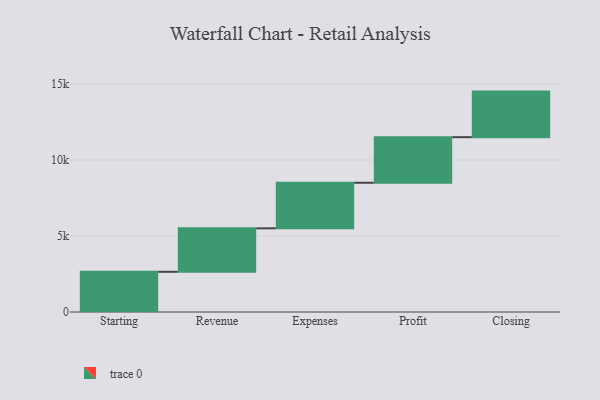
{"axis": {"x": "Step", "y": "Value"}, "legend": [""], "data": [{"x": "Starting", "y": 2646.0, "type": ""}, {"x": "Revenue", "y": 2860.0, "type": ""}, {"x": "Expenses", "y": 3000, "type": ""}, {"x": "Profit", "y": 3000, "type": ""}, {"x": "Closing", "y": 3000, "type": ""}]}